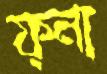
ফ্না